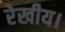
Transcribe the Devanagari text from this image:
रेखीय।